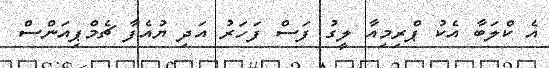
އެ ކްލަބާ އެކު ޕްރިމިއާ ލީގު ފަސް ފަހަރު އަދި ޔުއެފާ ޗެމްޕިއަންސް